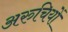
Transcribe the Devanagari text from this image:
अरुचियों